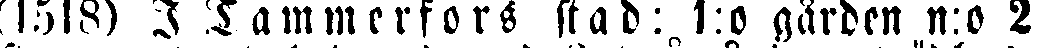
(1518) I Tammerfors stad: 1:o gården n:o 2